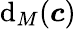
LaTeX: \mathrm{d}_{M}(\boldsymbol{c})